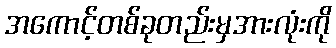
အကောင့်တစ်ခုတည်းမှအားလုံးကို